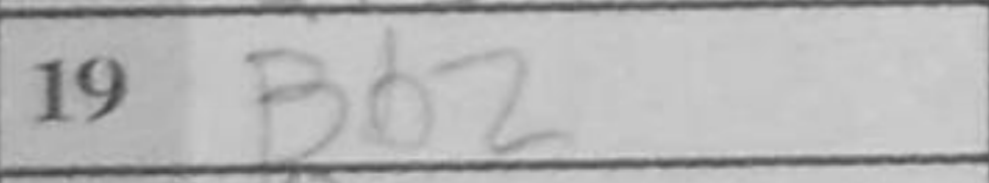
Transcription: Bb2